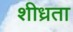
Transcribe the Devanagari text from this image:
शीध्रता